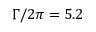
\Gamma / 2 \pi = 5 . 2